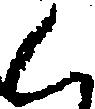
く